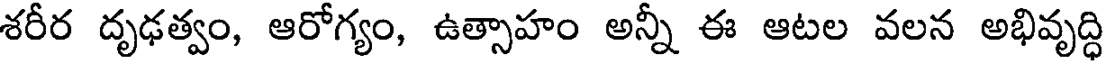
శరీర దృఢత్వం, ఆరోగ్యం, ఉత్సాహం అన్నీ ఈ ఆటల వలన అభివృద్ధి